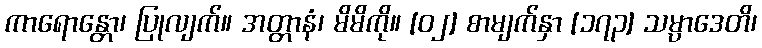
ကာရောန္တော၊ ပြုလျက်။ အတ္တာနံ၊ မိမိကို။ [၀၂] စာမျက်နှာ [၁၇၃] သမ္ပာဒေတိ၊